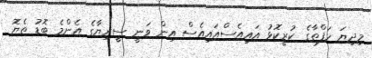
މިދިޔަ ހަފްތާގެ ކުރީކޮޅު އައިއެސްއައިއެސް އިން ވަނީ ސީރިޔާގެ އެންމެ ބޮޑު ތެޔޮ